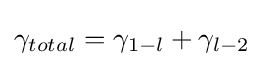
\gamma _{total}=\gamma _{1-l}+\gamma _{l-2}